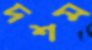
দশম